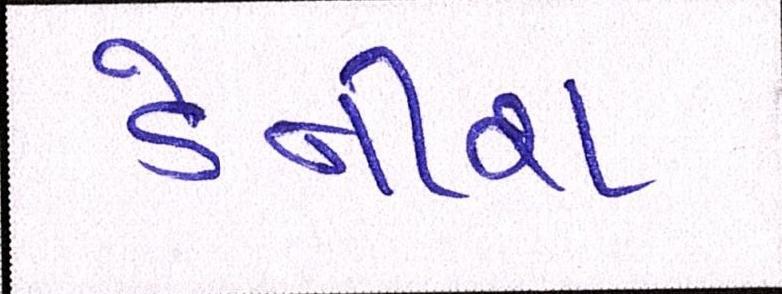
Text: ડેનીશ